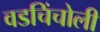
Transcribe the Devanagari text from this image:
वडचिंचोली